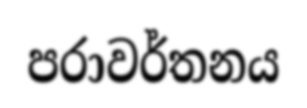
පරාවර්තනය